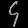
Digit: ၄